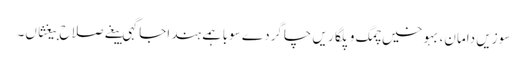
سوزیں دامان، بہوخیں چمگ و پلگاریں چاگردے سوبا ہمے ہند اجاگہی بیغے صلاح بیغثاں۔